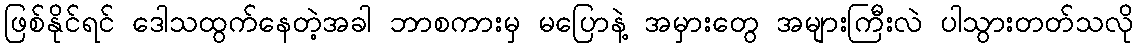
ဖြစ်နိုင်ရင် ဒေါသထွက်နေတဲ့အခါ ဘာစကားမှ မပြောနဲ့ အမှားတွေ အများကြီးလဲ ပါသွားတတ်သလို